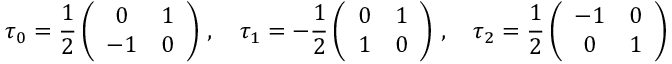
\tau _ { 0 } = \frac 1 2 \left( \begin{array} { c c } { { 0 } } & { { 1 } } \\ { { - 1 } } & { { 0 } } \end{array} \right) \, , \quad \tau _ { 1 } = - \frac 1 2 \left( \begin{array} { c c } { { 0 } } & { { 1 } } \\ { { 1 } } & { { 0 } } \end{array} \right) \, , \quad \tau _ { 2 } = \frac 1 2 \left( \begin{array} { c c } { { - 1 } } & { { 0 } } \\ { { 0 } } & { { 1 } } \end{array} \right) \,